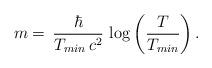
LaTeX: \begin{align*}m=\,\frac{\hbar}{T_{min}\,c^2}\,\log \left( \frac{T}{T_{min}}\right).\end{align*}